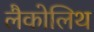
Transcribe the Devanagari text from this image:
लैकोलिथ